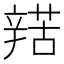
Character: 𨐡